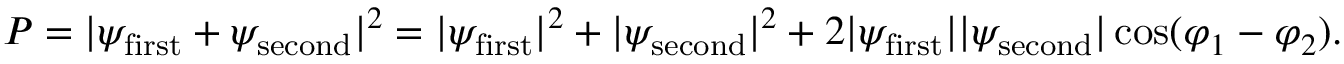
P = | \psi _ { \mathrm { { f i r s t } } } + \psi _ { \mathrm { { s e c o n d } } } | ^ { 2 } = | \psi _ { \mathrm { { f i r s t } } } | ^ { 2 } + | \psi _ { \mathrm { { s e c o n d } } } | ^ { 2 } + 2 | \psi _ { \mathrm { { f i r s t } } } | | \psi _ { \mathrm { { s e c o n d } } } | \cos ( \varphi _ { 1 } - \varphi _ { 2 } ) .